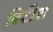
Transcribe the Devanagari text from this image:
बिटीश